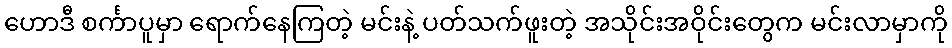
ဟောဒီ စင်္ကာပူမှာ ရောက်နေကြတဲ့ မင်းနဲ့ ပတ်သက်ဖူးတဲ့ အသိုင်းအဝိုင်းတွေက မင်းလာမှာကို